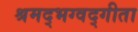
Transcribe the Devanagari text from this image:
श्रमद्भग्वद्गीता